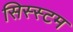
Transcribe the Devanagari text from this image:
सिस्स्टम